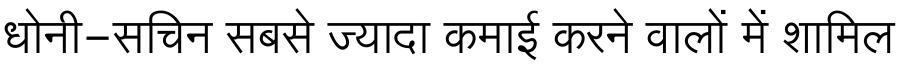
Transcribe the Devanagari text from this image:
धोनी-सचिन सबसे ज्यादा कमाई करने वालों में शामिल